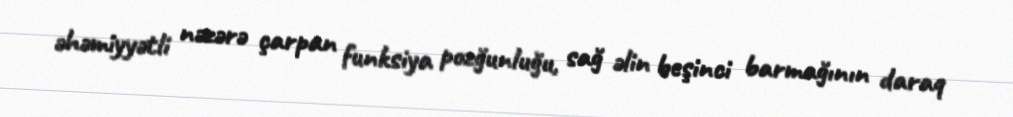
əhəmiyyətli nəzərə çarpan funksiya pozğunluğu, sağ əlin beşinci barmağının daraq